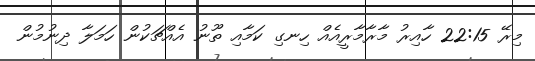
މިރޭ 22:15 ހާއިރު މާރާމާރީއެއް ހިނގި ކަމާއި ތޫނު އެއްޗަކުން ހަމަލާ ދިނުމުން